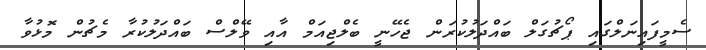
ސެމީފައިނަލްގައި ޕޯޗުގަލް ބައްދަލުކުރަން ޖެހޭނީ ބެލްޖިއަމް އާއި ވޭލްސް ބައްދަލުކުރާ މެޗުން މޮޅުވާ